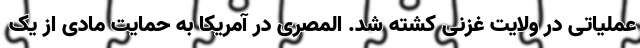
عملیاتی در ولایت غزنی کشته شد. المصری در آمریکا به حمایت مادی از یک